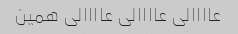
عاااالی عاااالی عاااالی همین